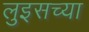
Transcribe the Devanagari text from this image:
लुइसच्या